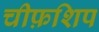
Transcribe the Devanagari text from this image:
चीफ़शिप